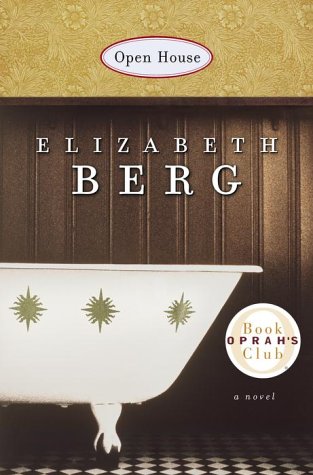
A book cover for Open House; Elizabeth Berg; Literature & Fiction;